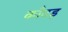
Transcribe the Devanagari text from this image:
काँदड़